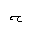
Letter: _ha